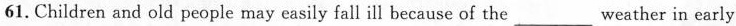
61. Children and old people may easily fall ill because of the___weather in early